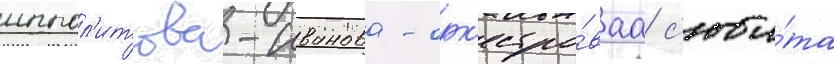
иппол'итова-иванова - орк'естро́ваа с'юи́та